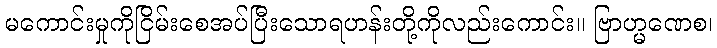
မကောင်းမှုကိုငြိမ်းစေအပ်ပြီးသောရဟန်းတို့ကိုလည်းကောင်း။ ဗြာဟ္မဏေစ၊